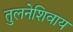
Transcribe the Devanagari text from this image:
तुलनेशिवाय